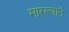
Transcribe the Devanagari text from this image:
मारल्यानं